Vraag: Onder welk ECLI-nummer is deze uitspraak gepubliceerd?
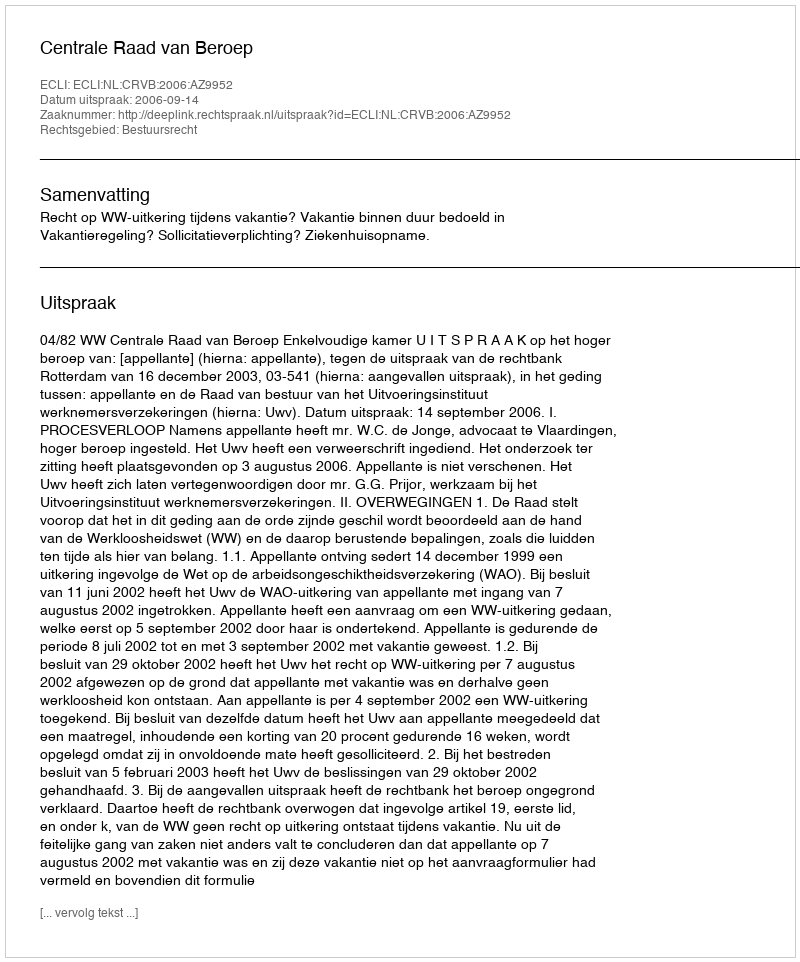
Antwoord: ECLI:NL:CRVB:2006:AZ9952